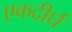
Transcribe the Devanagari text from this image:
एकदीर्घ